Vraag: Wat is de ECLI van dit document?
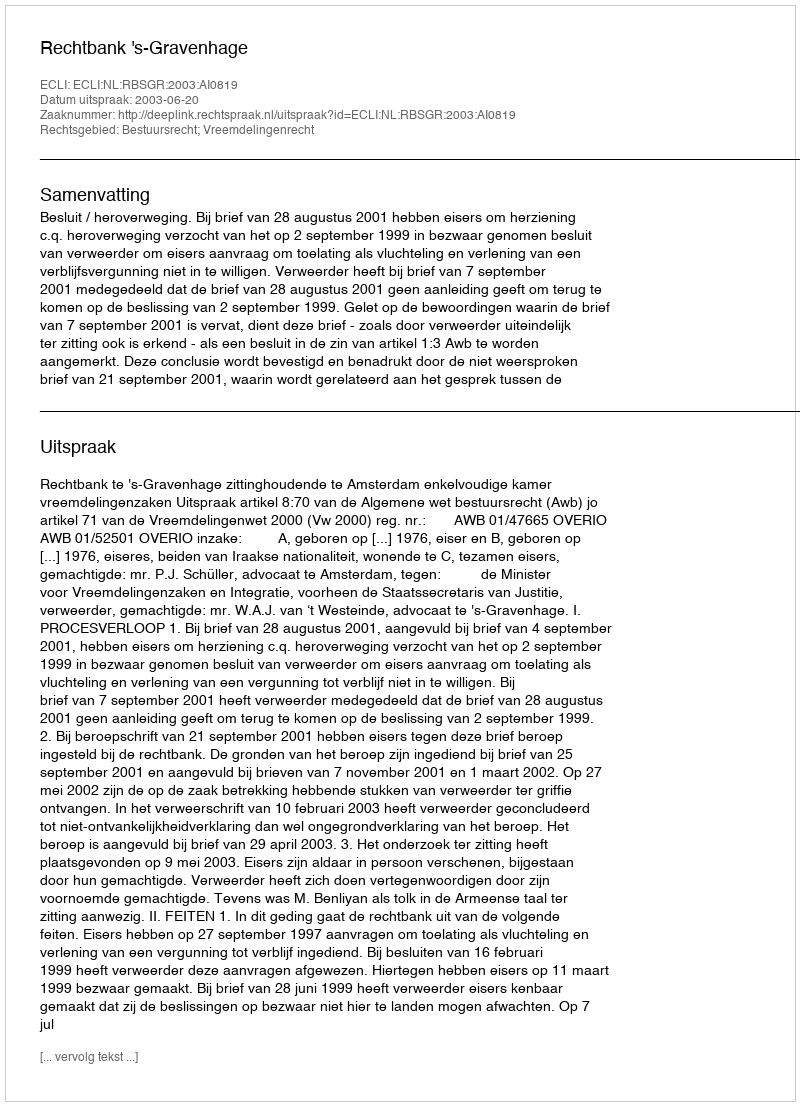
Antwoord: ECLI:NL:RBSGR:2003:AI0819